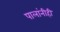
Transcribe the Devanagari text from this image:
पालांनीही